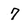
Character: 7